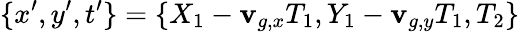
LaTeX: \{ x^{\prime},y^{\prime},t^{\prime}\} =\{ X_{1}-\mathbf{v}_{g,x}T_{1},Y_{1}-\mathbf{v}_{g,y}T_{1},T_{2}\}